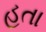
હતા